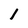
Character: l